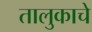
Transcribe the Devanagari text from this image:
तालुकाचे